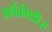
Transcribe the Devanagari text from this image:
आर्कमिडीज़